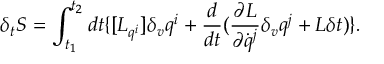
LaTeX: \delta _ { t } { S } = \int _ { t _ { 1 } } ^ { t _ { 2 } } d t \{ [ { L } _ { q ^ { i } } ] \delta _ { v } q ^ { i } + \frac { d } { d t } ( \frac { \partial { L } } { \partial \dot { q } ^ { j } } \delta _ { v } q ^ { j } + { L } \delta t ) \} .